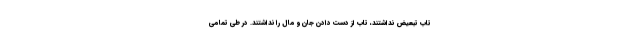
تاب تبعیض نداشتند، تاب از دست دادن جان و مال را نداشتند. در طی تمامی